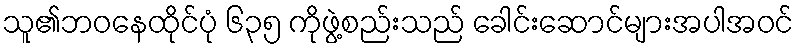
သူ၏ဘဝနေထိုင်ပုံ ၆၃၅ ကိုဖွဲ့စည်းသည် ခေါင်းဆောင်များအပါအဝင်